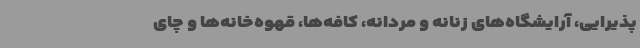
پذیرایی، آرایشگاه‌های زنانه و مردانه، کافه‌ها، قهوه‌خانه‌ها و چای